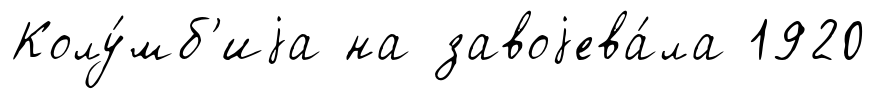
Колу́мб'иjа на завоjева́ла 1920